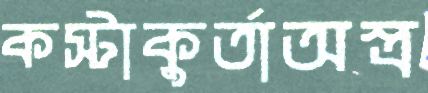
কস্টাকুর্তাঅস্ত্র